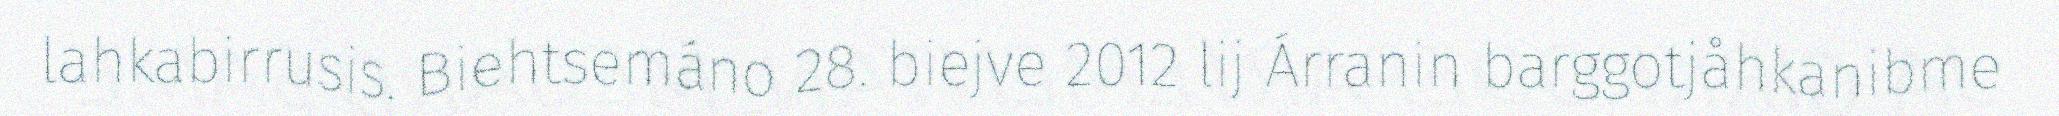
lahkabirrusis. Biehtsemáno 28. biejve 2012 lij Árranin barggotjåhkanibme